Elephants and their diseases
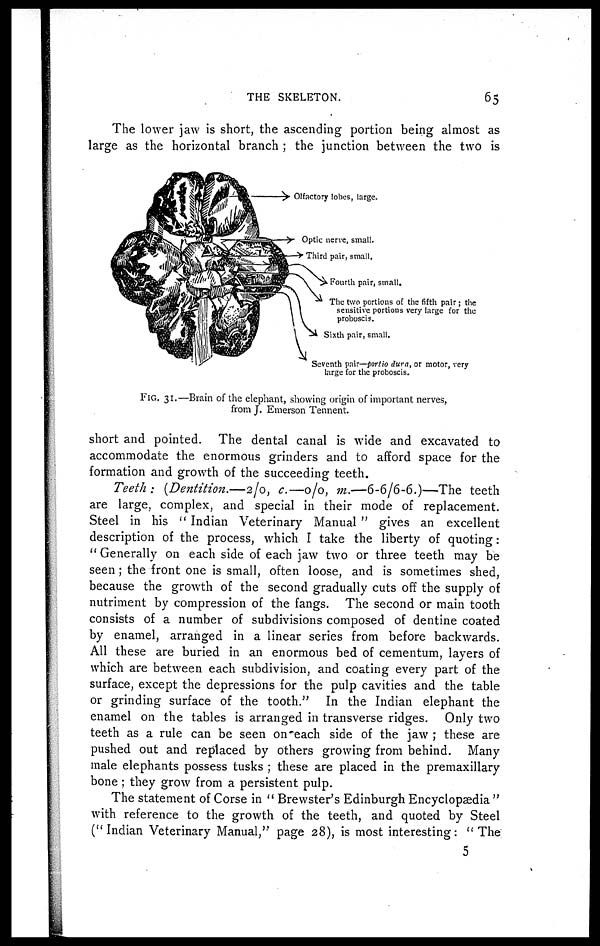
THE SKELETON.
65
The lower jaw is short, the ascending portion being almost as
large as the horizontal branch ; the junction between the two is
short and pointed. The dental canal is wide and excavated to
accommodate the enormous grinders and to afford space for the
formation and growth of the succeeding teeth.
Teeth : (Dentition.—2/0, c.—0/0, m.—6-6/6-6.)—The
teeth
are large, complex, and special in their mode of replacement.
Steel in his " Indian Veterinary Manual " gives an excellent
description of the process, which I take the liberty of quoting:
" Generally on each side of each jaw two or three teeth may be
seen ; the front one is small, often loose, and is sometimes shed,
because the growth of the second gradually cuts off the supply of
nutriment by compression of the fangs. The second or main tooth
consists of a number of subdivisions composed of dentine coated
by enamel, arranged in a linear series from before backwards.
All these are buried in an enormous bed of cementum, layers of
which are between each subdivision, and coating every part of the
surface, except the depressions for the pulp cavities and the table
or grinding surface of the tooth." In the Indian elephant the
enamel on the tables is arranged in transverse ridges. Only two
teeth as a rule can be seen on each side of the jaw ; these are
pushed out and replaced by others growing from behind. Many
male elephants possess tusks ; these are placed in the premaxillary
bone ; they grow from a persistent pulp.
The statement of Corse in " Brewster's Edinburgh Encyclopædia "
with reference to the growth of the teeth, and quoted by Steel
("Indian Veterinary Manual,'' page 28), is most interesting: "The;
5
FIG. 31.—Brain of the elephant, showing origin of important nerves,
from J. Emerson Tennent.